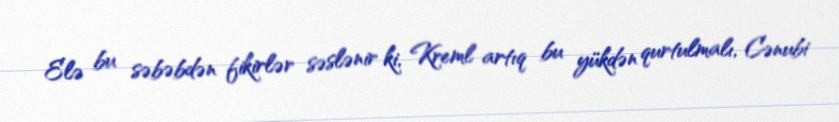
Elə bu səbəbdən fikirlər səslənir ki, Kreml artıq bu yükdən qurtulmalı, Cənubi